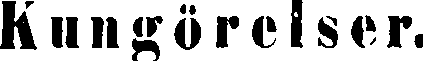
Kungörelser.